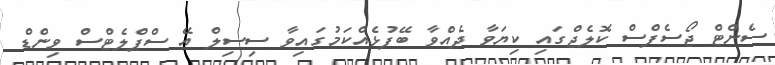
ސެންޓް ޖޯސެފްސް ކޮލެޖްގައި ކިޔަވާ ދެއްވާ ބޭފުޅެއްކަމުގައިވާ ސިސިލް އޭ ސްޕްލެޓްސް ވިންޑް